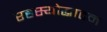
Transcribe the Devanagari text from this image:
रहस्योद्धाटन